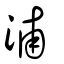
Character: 浦